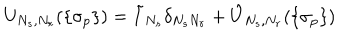
LaTeX: U _ { N _ { s } , N _ { r } } ( \{ \sigma _ { p } \} ) = \tilde { I } _ { N _ { s } } \delta _ { N _ { s } N _ { r } } + \hat { U } _ { N _ { s } , N _ { r } } ( \{ \sigma _ { p } \} )